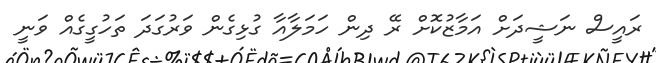
ރައީސް ނަޝީދަށް އަމާޒުކޮށް ރޭ ދިން ހަމަލާއާ ގުޅިގެން ވަރުގަދަ ތަހުގީގެއް ވަނީ